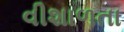
વીશાળતા